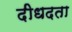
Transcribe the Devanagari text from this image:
दीधदता